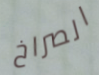
الصراخ